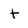
Character: t